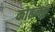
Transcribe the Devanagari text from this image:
कोहनकु